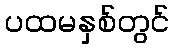
ပထမနှစ်တွင်